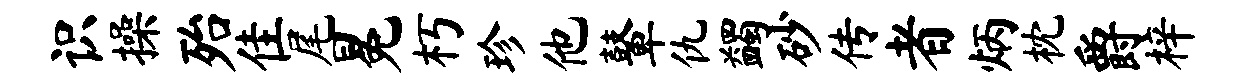
识操殆隹尾冕朽珍他鼙仇蠲砂传者炳枕爵梓